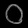
Digit: ၀